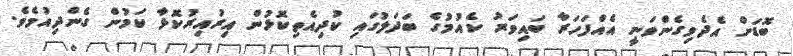
ބޮޑަށް އެދެވިގެންވަނީ އެއްފަހަރާ ބައިވަރު ކެއުމުގެ ބަދަލުގައި ކުދިއެތިކޮޅުން އިރުއިރުކޮޅާ ކަމުން ގެންދިއުމެވެ.